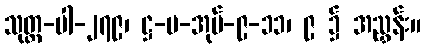
သုတ္တ-ပါ-၂၇၉၊ ဋ္ဌ-ပ-အုပ်-၉-၁၁၊ ၉ ၌ အညွှန်း။